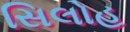
સિલોહ